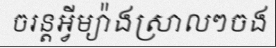
ចរន្តអ្វីម្យ៉ាងស្រាលៗចង